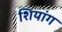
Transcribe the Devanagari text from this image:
शियांग